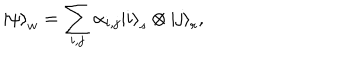
LaTeX: \left| \psi \right\rangle _ { w } = \sum _ { i , j } \alpha _ { i , j } \left| i \right\rangle _ { s } \otimes \left| j \right\rangle _ { r } ,